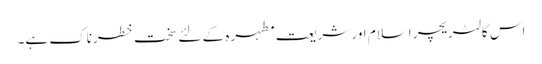
اس کا لٹریچر اسلام اور شریعت مطہرہ کے لئے سخت خطرناک ہے۔